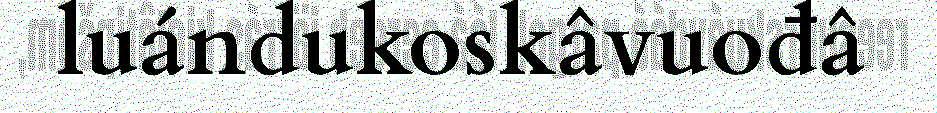
luándukoskâvuođâ